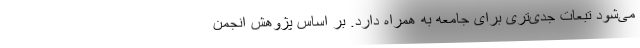
می‌شود تبعات جدی‌تری برای جامعه به همراه دارد. بر اساس پژوهش انجمن